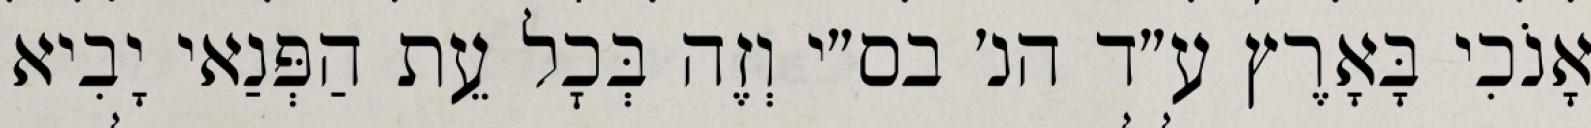
אָנֹכִי בָּאָרֶץ ע״ד הנ׳ בס״י וְזֶה בְּכׇל עֵת הַפְּנַאי יָבִיא